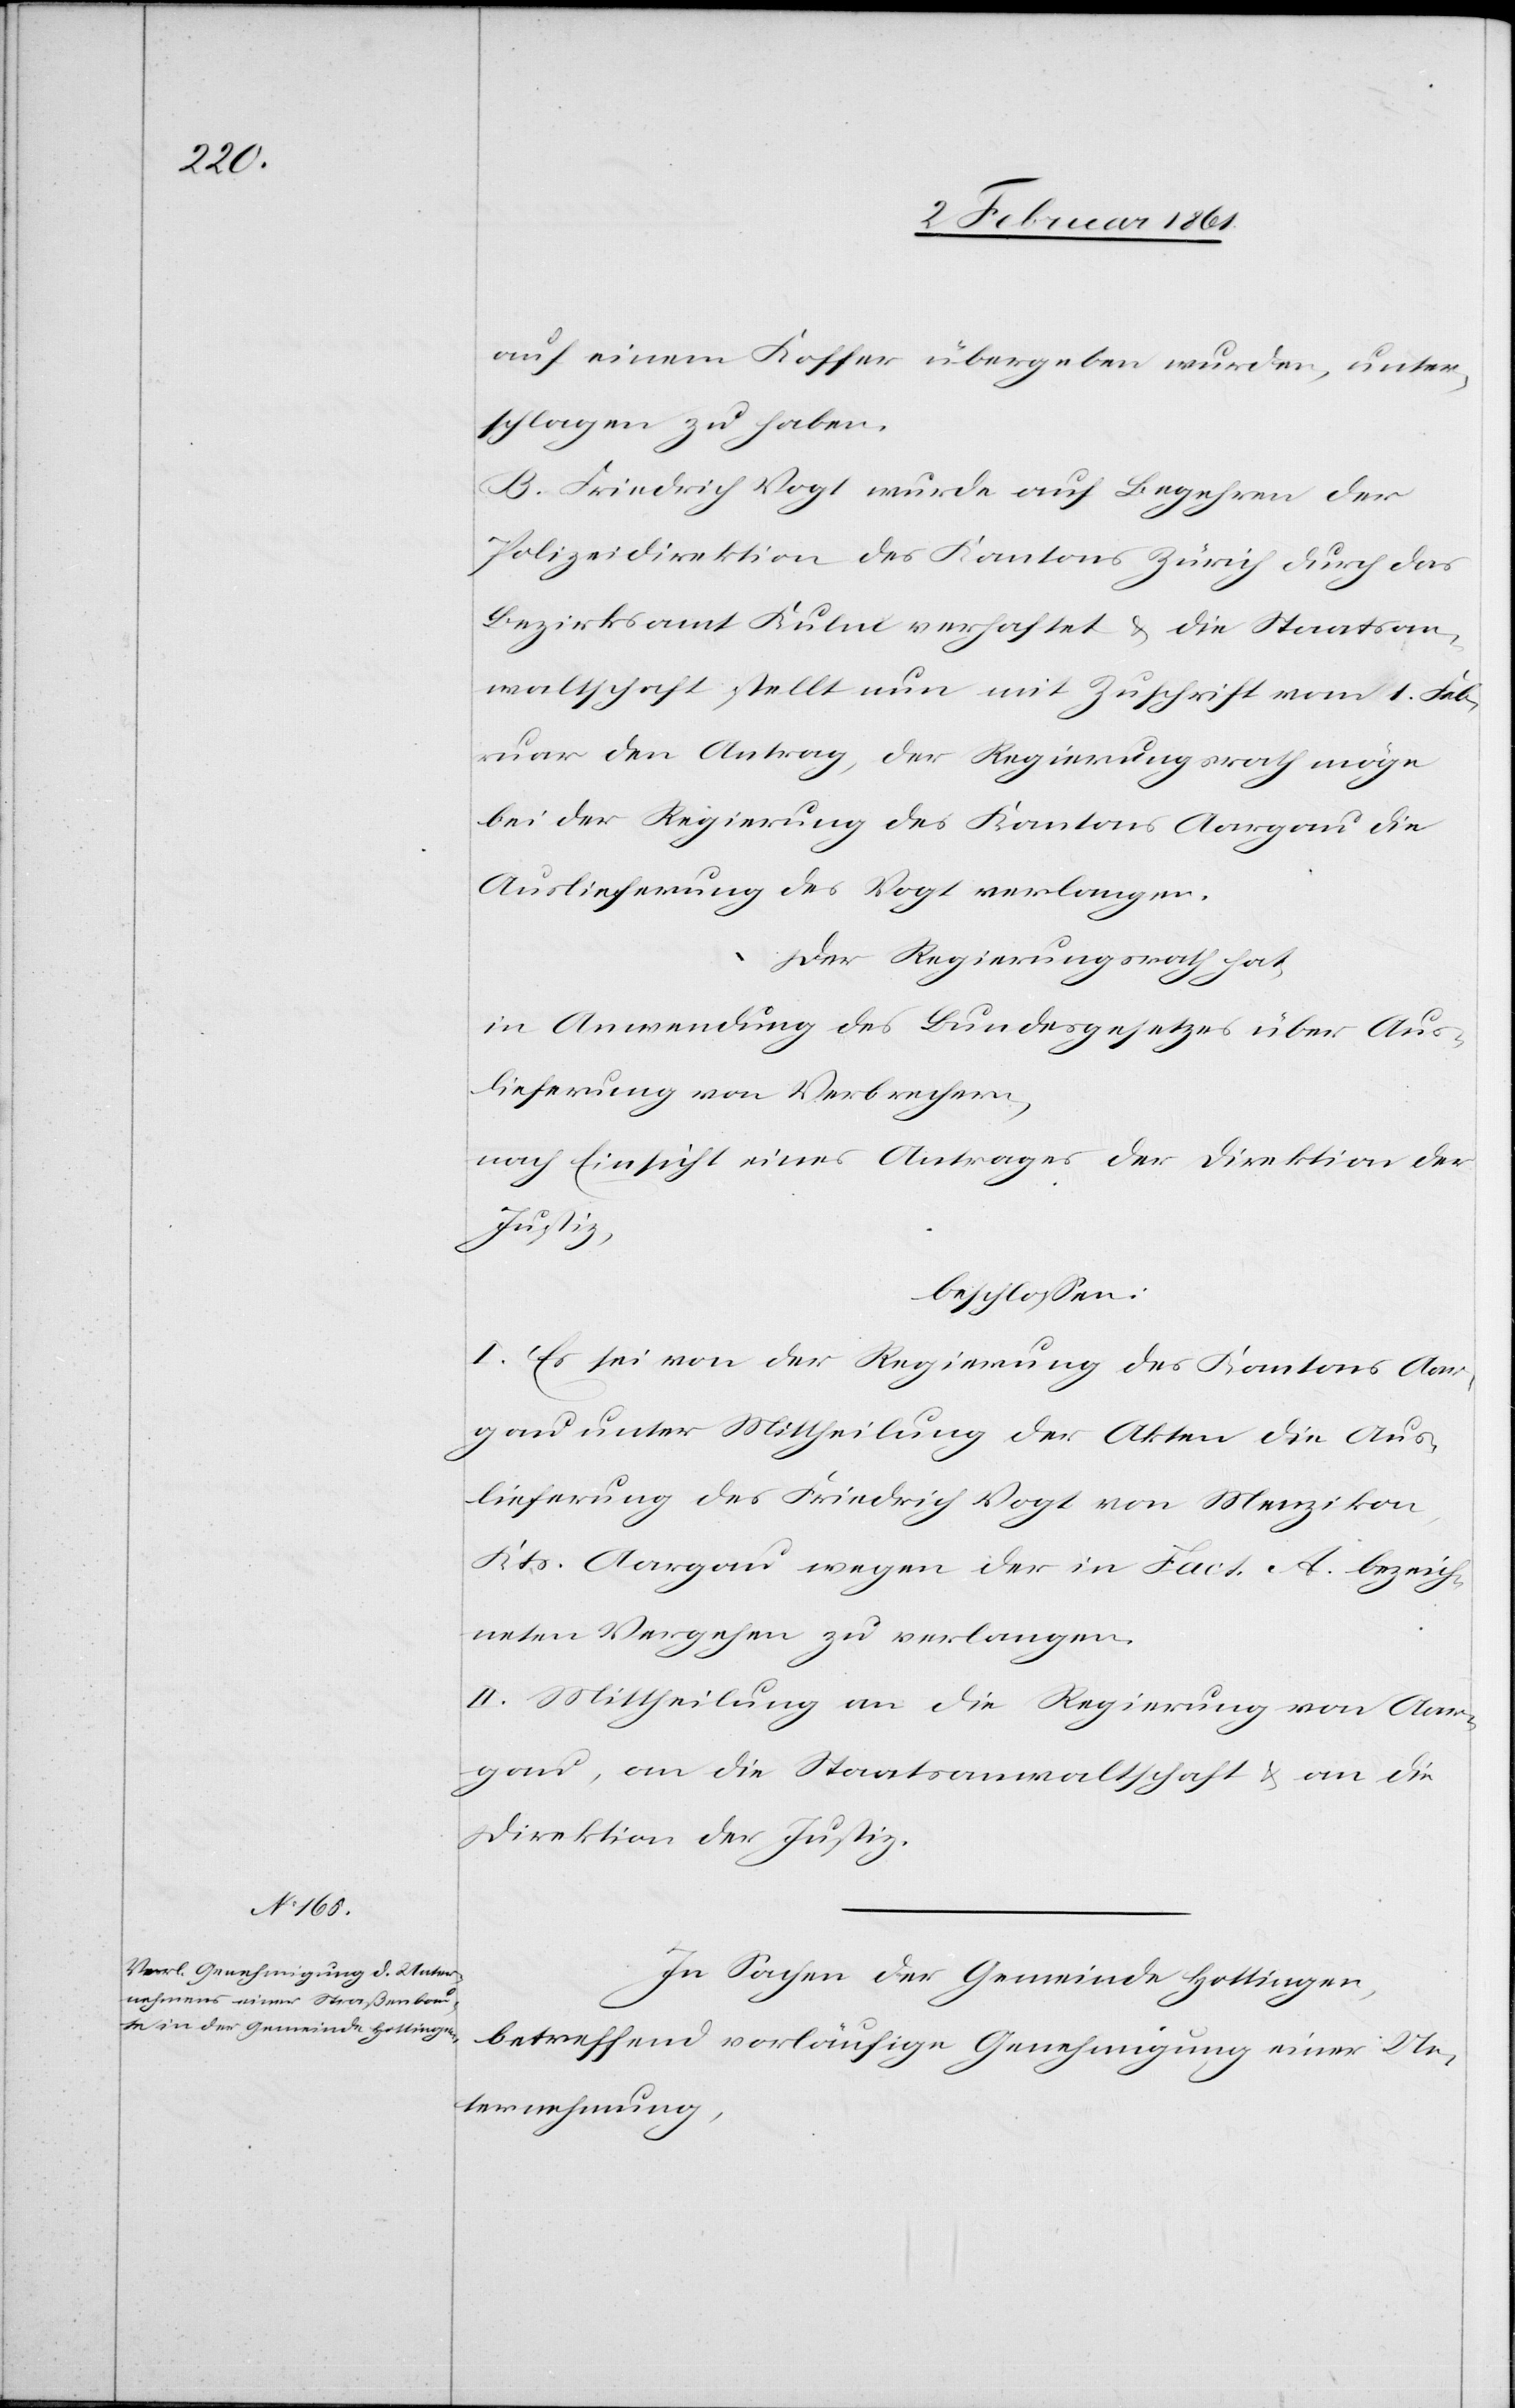
auf einem Koffer übergeben wurden, unter¬
schlagen zu haben.
B. Friedrich Vogt wurde auf Begehren der
Polizeidirektion des Kantons Zürich durch das
Bezirksamt Kulm verhaftet u. die Staatsan¬
waltschaft stellt nun mit Zuschrift vom 1. Feb¬
ruar den Antrag, der Regierungsrath möge
bei der Regierung des Kantons Aargau die
Auslieferung des Vogt verlangen.
Der Regierungsrath hat,
in Anwendung des Bundesgesetzes über Aus¬
lieferung von Verbrechern,
nach Einsicht eines Antrages der Direktion der
Justiz,
beschlossen:
I. Es sei von der Regierung des Kantons Aar¬
gau unter Mittheilung der Akten die Aus¬
lieferung des Friedrich Vogt von Menzikon,
Kts. Aargau wegen der in Fact. A bezeich¬
neten Vergehen zu verlangen.
II. Mittheilung an die Regierung von Aar¬
gau, an die Staatsanwaltschaft u. an die
Direktion der Justiz.
In Sachen der Gemeinde Hottingen,
betreffend vorläufige Genehmigung einer Un¬
ternehmung,